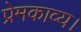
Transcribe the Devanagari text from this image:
प्रेमकाव्य।